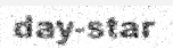
day-star